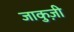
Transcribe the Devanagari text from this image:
जाकुज़ी